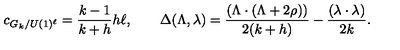
c _ { G _ { k } / U ( 1 ) ^ { \ell } } = \frac { k - 1 } { k + h } h \ell , \quad \quad \Delta ( \Lambda , \lambda ) = \frac { ( \Lambda \cdot ( \Lambda + 2 \rho ) ) } { 2 ( k + h ) } - \frac { ( \lambda \cdot \lambda ) } { 2 k } .